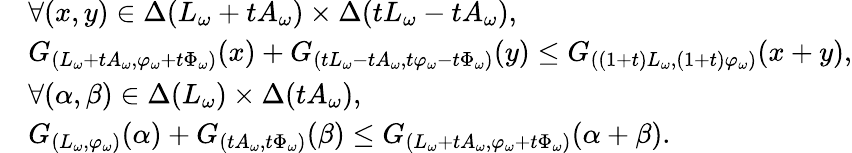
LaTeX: \begin{array}{rl}&{\forall(x,y)\in\Delta(L_{\omega}+tA_{\omega})\times\Delta(tL_{\omega}-tA_{\omega}),}\\ &{G_{(L_{\omega}+tA_{\omega},\varphi_{\omega}+t\Phi_{\omega})}(x)+G_{(tL_{\omega}-tA_{\omega},t\varphi_{\omega}-t\Phi_{\omega})}(y)\leq G_{\left((1+t)L_{\omega},(1+t)\varphi_{\omega}\right)}(x+y),}\\ &{\forall(\alpha,\beta)\in\Delta(L_{\omega})\times\Delta(tA_{\omega}),}\\ &{G_{(L_{\omega},\varphi_{\omega})}(\alpha)+G_{(tA_{\omega},t\Phi_{\omega})}(\beta)\leq G_{(L_{\omega}+tA_{\omega},\varphi_{\omega}+t\Phi_{\omega})}(\alpha+\beta).}\end{array}